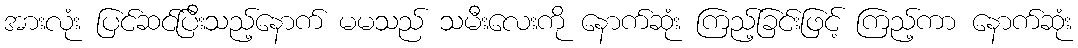
အားလုံး ပြင်ဆင်ပြီးသည့်နောက် မမသည် သမီးလေးကို နောက်ဆုံး ကြည့်ခြင်းဖြင့် ကြည့်ကာ နောက်ဆုံး